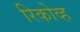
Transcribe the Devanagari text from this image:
रिकोव्ह